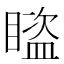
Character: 𥋕